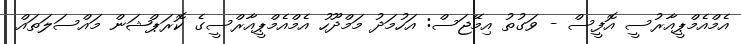
އެމްއެމްޕީއާރުސީ އޮފީސް - ވަގުތު އިމޭޖަސް: އަހުމަދު މަމްދޫހު އެމްއެމްޕީއާރްސީގެ ކޮރަޕްޝަން މައްސަލަތައް